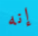
إنه